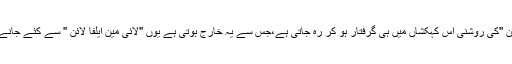
نئے سروے کے دوران انکشاف ہوا ہے کہ ''لائی مین ایلفالائین ''کی روشنی اس کہکشاں میں ہی گرفتار ہو کر رہ جاتی ہے،جس سے یہ خارج ہوتی ہے یوں ''لائی مین ایلفا لائن '' سے کئے جانے والے سروے میں کہکشاں کا 90% دیکھا ہی نہیں جاسکتا ۔